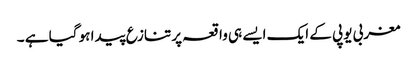
مغربی یوپی کے ایک ایسے ہی واقعہ پر تنازع پیدا ہو گیا ہے ۔